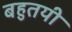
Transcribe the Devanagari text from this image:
बहुतयी